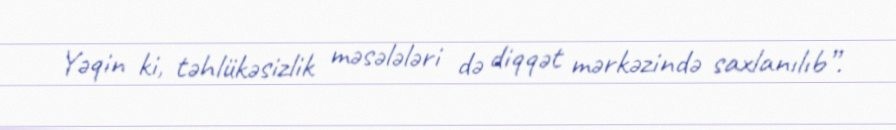
Yəqin ki, təhlükəsizlik məsələləri də diqqət mərkəzində saxlanılıb”.